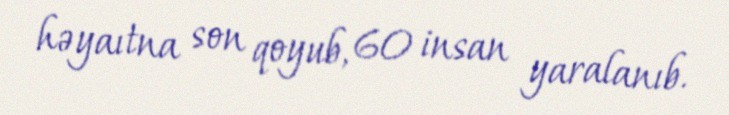
həyaıtna son qoyub, 60 insan yaralanıb.